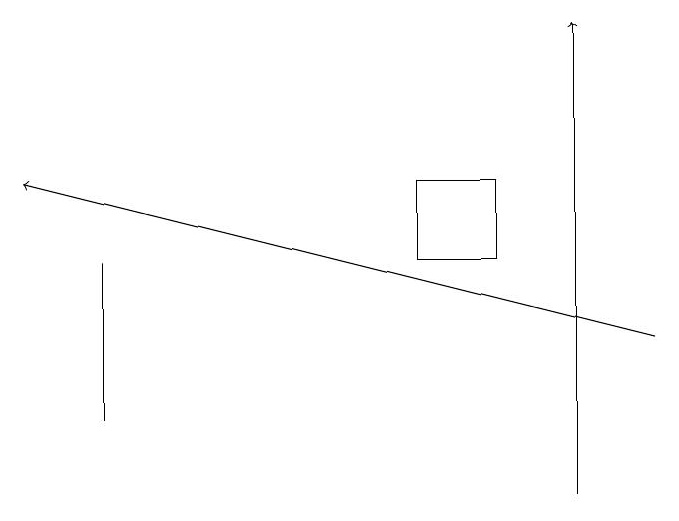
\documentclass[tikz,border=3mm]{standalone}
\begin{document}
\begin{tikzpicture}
\draw[->] (9,15) -- (1,17);
\draw (2,16) rectangle (2,14);
\draw (6,16) rectangle (7,17);
\draw[->] (8,13) -- (8,19);
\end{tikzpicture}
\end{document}